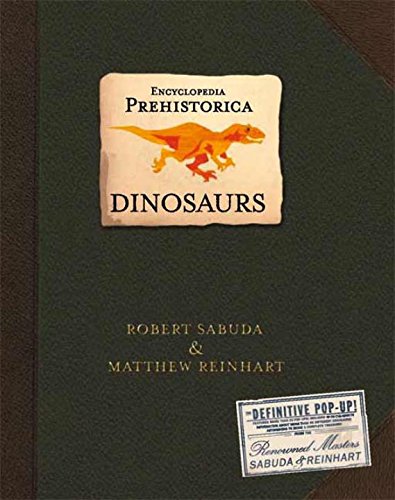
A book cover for Encyclopedia Prehistorica Dinosaurs : The Definitive Pop-Up; Robert Sabuda; Reference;